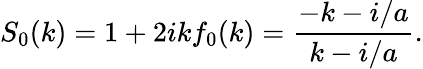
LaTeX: S_{0}(k)=1+2ikf_{0}(k)=\frac{-k-i/a}{k-i/a}.